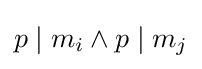
p\mid m_{i}\land p\mid m_{j}